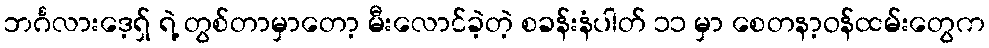
ဘင်္ဂလားဒေ့ရှ် ရဲ့ တွစ်တာမှာတော့ မီးလောင်ခဲ့တဲ့ စခန်းနံပါတ် ၁၁ မှာ စေတနာ့ဝန်ထမ်းတွေက